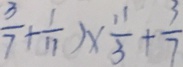
\frac { 3 } { 7 } + \frac { 1 } { 1 1 } ) \times \frac { 1 1 } { 3 } + \frac { 3 } { 7 }